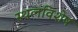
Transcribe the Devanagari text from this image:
स्थलविशेष